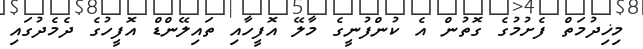
މިޚިދުމަތް ފެށުމުގެ ގޮތުން އެ ކުންފުނީގެ މާލޭ އޮފީހާއި ތައިލޭންޑް އޮފީހުގެ ދެމެދުގައި